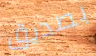
بصديق